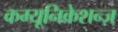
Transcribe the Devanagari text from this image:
कम्यूनिकेशन्ज़